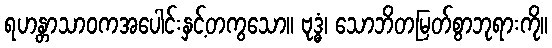
ရဟန္တာသာဝကအပေါင်းနှင့်တကွသော။ ဗုဒ္ဓံ၊ သောဘိတမြတ်စွာဘုရားကို။